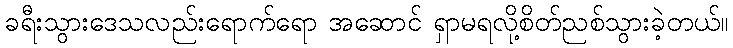
ခရီးသွားဒေသလည်းရောက်ရော အဆောင် ရှာမရလို့စိတ်ညစ်သွားခဲ့တယ်။